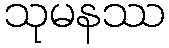
သုမနဿ